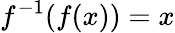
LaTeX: f^{-1}(f(x))=x